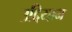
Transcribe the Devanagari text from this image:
उद्दियान